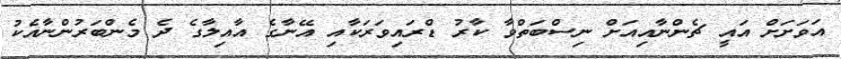
އަވަށަށް އައީ ޗެންނާއިއަށް ނިސްބަތްވާ ކާރު ޑްރައިވަރަކާއި އޭނާގެ އާއިލާގެ ދެ މެންބަރުންނާއެކު